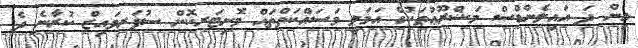
އިން ދަ އައިލެންޑްސް މަޝްރޫޢުތަކުގެ އަމަލީ މަސައްކަތްތައް މޮނިޓަރކޮށް ސުޕަރވައިޒް ކުރާނެ ދެ